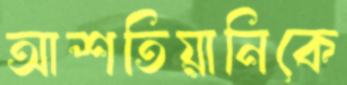
আশতিয়ানিকে